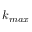
k _ { m a x }